Annual vaccination report of Bihar and Orissa - 1911-1928
Year: 1911
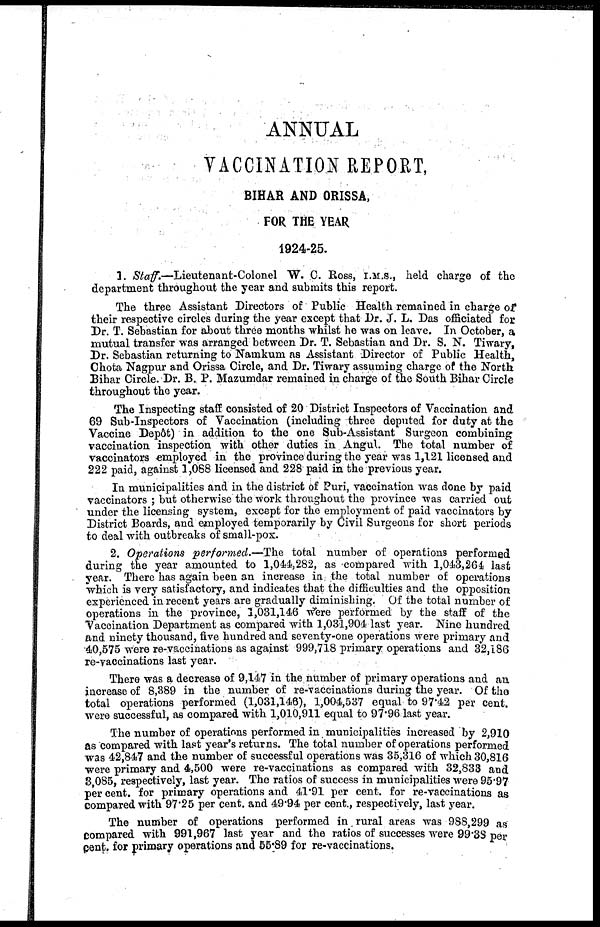
ANNUAL
VACCINATION REPORT,
BIHAR AND ORISSA,
FOR THE YEAR
1924-25.
1. Staff.—Lieutenant-Colonel
W. C. Ross, I.M.S., held charge of the
department throughout the year and submits this report.
The three Assistant Directors of Public Health remained in charge of
their respective circles during the year except that Dr. J. L. Das officiated for
Dr. T. Sebastian for about three months whilst he was on leave. In October, a
mutual transfer was arranged between Dr. T. Sebastian and Dr. S. N. Tiwary,
Dr. Sebastian returning to Namkum as Assistant Director of Public Health,
Chota Nagpur and Orissa Circle, and Dr. Tiwary assuming charge of the North
Bihar Circle. Dr. B. P. Mazumdar remained in charge of the South Bihar Circle
throughout the year.
The Inspecting staff consisted of 20 District Inspectors of Vaccination and
69 Sub-Inspectors of Vaccination (including three deputed for duty at the
Vaccine Depôt) in addition to the one Sub-Assistant Surgeon combining
vaccination inspection with other duties in Angul. The total number of
vaccinators employed in the province during the year was 1,121 licensed and
222 paid, against 1,088 licensed and 228 paid in the previous year.
In municipalities and in the district of Puri, vaccination was done by paid
vaccinators ; but otherwise the work throughout the province was carried out
under the licensing system, except for the employment of paid vaccinators by
District Boards, and employed temporarily by Civil Surgeons for short periods
to deal with outbreaks of small-pox.
2. Operations performed.—The total number of operations performed
during the year amounted to 1,044,282, as compared with 1,043,264 last
year. There has again been an increase in the total number of operations
which is very satisfactory, and indicates that the difficulties and the opposition
experienced in recent years are gradually diminishing. Of the total number of
operations in the province, 1,031,146 were performed by the staff of the
Vaccination Department as compared with 1,031,904 last year. Nine hundred
and ninety thousand, five hundred and seventy-one operations were primary and
40,575 were re-vaccinations as against 999,718 primary operations and 32,186
re-vaccinations last year.
There was a decrease of 9,147 in the number of primary operations and an
increase of 8,389 in the number of re-vaccinations during the year. Of the
total operations performed (1,031,146), 1,004,537 equal to 97.42 per cent.
were successful, as compared with 1,010,911 equal to 97.96 last year.
The number of operations performed in municipalities increased by 2,910
as compared with last year's returns. The total number of operations performed
was 42,847 and the number of successful operations was 35,316 of which 30,816
were primary and 4,500 were re-vaccinations as compared with 32,833 and
3,085, respectively, last year. The ratios of success in municipalities were 95.97
per cent. for primary operations and 41.91 per cent. for re-vaccinations as
compared with 97.25 per cent. and 49.94 per cent., respectively, last year.
The number of operations performed in rural areas was 988,299 as
compared with 991,967 last year and the ratios of successes were 99.38 per
cent. for primary operations and 55.89 for re-vaccinations.